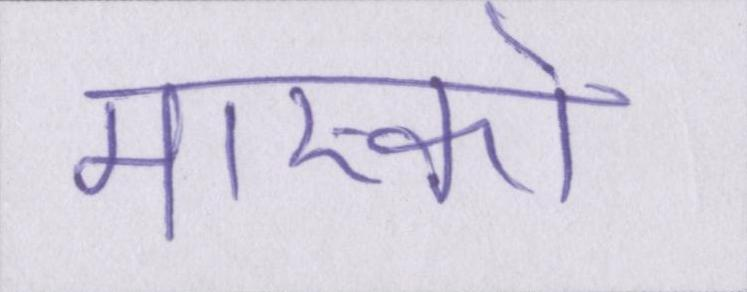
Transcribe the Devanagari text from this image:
मास्को